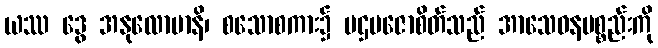
ယဿ ဒွေ အနုလောမာနိ၊ စသောစကား၌ ပဌမဇောစိတ်သည် အာသေဝနပစ္စည်းကို